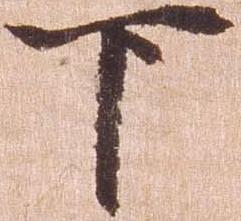
下